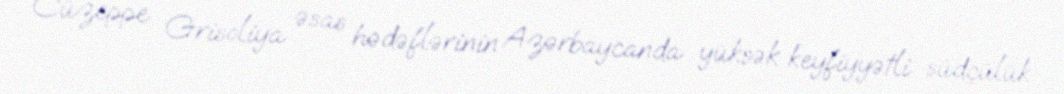
Cüzeppe Grisoliya əsas hədəflərinin Azərbaycanda yüksək keyfiyyətli südçülük